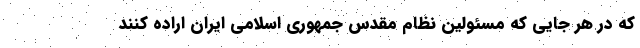
که در هر جایی که مسئولین نظام مقدس جمهوری اسلامی ایران اراده کنند